Report of the Imperial Institute of Veterinary Research, Muktesar
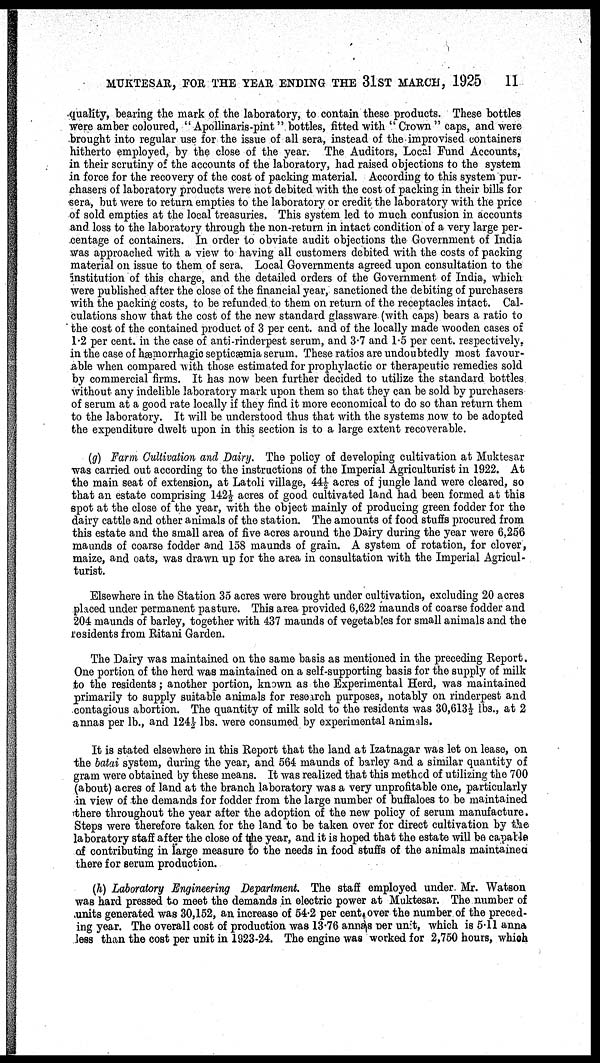
MUKTESAR, FOR THE YEAR ENDING THE 31ST MARCH, 1925
11
quality, bearing the mark of the laboratory, to contain these products. These bottles
were amber coloured, " Apollinaris-pint" bottles, fitted with " Crown " caps, and were
brought into regular use for the issue of all sera, instead of the improvised containers
hitherto employed, by the close of the year. The Auditors, Local Fund Accounts,
in their scrutiny of the accounts of the laboratory, had raised objections to the system
in force for the recovery of the cost of packing material. According to this system pur-
chasers of laboratory products were not debited with the cost of packing in their bills for
sera, but were to return empties to the laboratory or credit the laboratory with the price
of sold empties at the local treasuries. This system led to much confusion in accounts
and loss to the laboratory through the non-return in intact condition of a very large per-
centage of containers. In order to obviate audit objections the Government of India
was approached with a view to having all customers debited with the costs of packing
material on issue to them of sera. Local Governments agreed upon consultation to the
institution of this charge, and the detailed orders of the Government of India, which
were published after the close of the financial year, sanctioned the debiting of purchasers
with the packing costs, to be refunded to them on return of the receptacles intact. Cal-
culations show that the cost of the new standard glassware (with caps) bears a ratio to
the cost of the contained product of 3 per cent. and of the locally made wooden cases of
1.2 per cent. in the case of anti-rinderpest serum, and 3.7 and 1.5 per cent. respectively,
in the case of hæmorrhagic septicæmia serum. These ratios are undoubtedly most favour-
able when compared with those estimated for prophylactic or therapeutic remedies sold
by commercial firms. It has now been further decided to utilize the standard bottles
without any indelible laboratory mark upon them so that they can be sold by purchasers
of serum at a good rate locally if they find it more economical to do so than return them
to the laboratory. It will be understood thus that with the systems now to be adopted
the expenditure dwelt upon in this section is to a large extent recoverable.
(g) Farm Cultivation and Dairy. The policy of developing cultivation at Muktesar
was carried out according to the instructions of the Imperial Agriculturist in 1922. At
the main seat of extension, at Latoli village, 44½ acres of jungle land were cleared, so
that an estate comprising 142½ acres of good cultivated land had been formed at this
spot at the close of the year, with the object mainly of producing green fodder for the
dairy cattle and other animals of the station. The amounts of food stuffs procured from
this estate and the small area of five acres around the Dairy during the year were 6,256
maunds of coarse fodder and 158 maunds of grain. A system of rotation, for clover,
maize, and oats, was drawn up for the area in consultation with the Imperial Agricul-
turist.
Elsewhere in the Station 35 acres were brought under cultivation, excluding 20 acres
placed under permanent pasture. This area provided 6,622 maunds of coarse fodder and
204 maunds of barley, together with 437 maunds of vegetables for small animals and the
residents from Ritani Garden.
The Dairy was maintained on the same basis as mentioned in the preceding Report
One portion of the herd was maintained on a self-supporting basis for the supply of milk
to the residents ; another portion, known as the Experimental Herd, was maintained
primarily to supply suitable animals for research purposes, notably on rinderpest and
contagious abortion. The quantity of milk sold to the residents was 30,613½ lbs., at 2
annas per lb., and 124½ lbs. were consumed by experimental animals.
It is stated elsewhere in this Report that the land at Izatnagar was let on lease, on
the batai system, during the year, and 564 maunds of barley and a similar quantity of
gram were obtained by these means. It was realized that this method of utilizing the 700
(about) acres of land at the branch laboratory was a very unprofitable one, particularly
in view of the demands for fodder from the large number of buffaloes to be maintained
there throughout the year after the adoption of the new policy of serum manufacture.
Steps were therefore taken for the land to be taken over for direct cultivation by the
laboratory staff after the close of the year, and it is hoped that the estate will be capable
of contributing in large measure to the needs in food stuffs of the animals maintainea
there for serum production.
(h) Laboratory Engineering Department. The staff employed under Mr. Watson
was hard pressed to meet the demands in electric power at Muktesar. The number of
units generated was 30,152, an increase of 54.2 per cent over the number of the preced-
ing year. The overall cost of production was 13.76 annas per unit, which is 5.11 anna
less than the cost per unit in 1923-24. The engine was worked for 2,750 hours, which